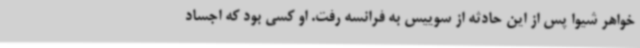
خواهر شیوا پس از این حادثه از سوییس به فرانسه رفت. او کسی بود که اجساد